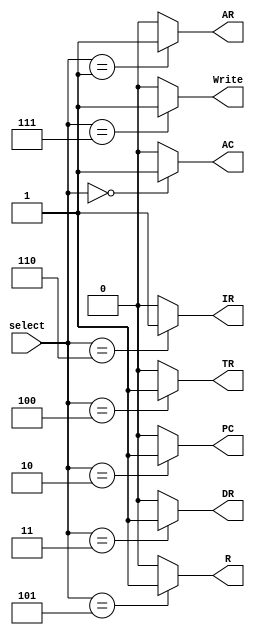
`timescale 1ns / 1ps
//////////////////////////////////////////////////////////////////////////////////
// Company: 
// Engineer: 
// 
// Design Name: 
// Module Name:    WriteMux 
// Project Name: 
// Target Devices: 
// Tool versions: 
// Description: 
//
// Dependencies: 
//
// Revision: 
// Revision 0.01 - File Created
// Additional Comments: 
//
//////////////////////////////////////////////////////////////////////////////////
module WriteMux1(select,AC,AR,DR,IR,PC,R,TR,Write);
input [2:0] select;
output AC,AR,IR,PC,R,DR,TR,Write;
reg AC,AR,IR,PC,R,DR,TR,Write;
parameter ac=3'b000, ar= 3'b001, pc=3'b010, dr=3'b011, tr=3'b100, r=3'b101,ir=3'b110 , ra = 3'b111;
	always @(select)
		
		begin
			AC<=0; AR<=0; IR<=0; PC<=0; R<=0; TR<=0; DR <= 0; TR<=0 ;Write<=0;
			case (select)
				ac: AC <= 1;
				ar: AR <= 1;
				ir: IR <= 1;
				pc: PC <= 1;
				r : R  <= 1;
				tr: TR <= 1;
				dr: DR <= 1;
				//default : DR<= 0;
				ra: Write <= 1; 
			endcase
		end
endmodule